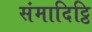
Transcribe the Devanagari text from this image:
संमादिट्ठि